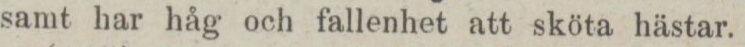
samt har håg och fallenhet att sköta hästar.